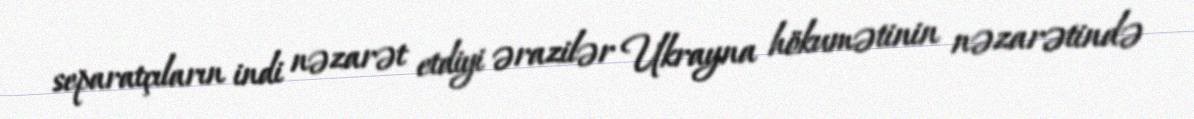
separatçıların indi nəzarət etdiyi ərazilər Ukrayna hökumətinin nəzarətində